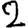
Digit: 2